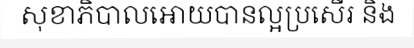
សុខាភិបាលអោយបានល្អប្រសើរ និង